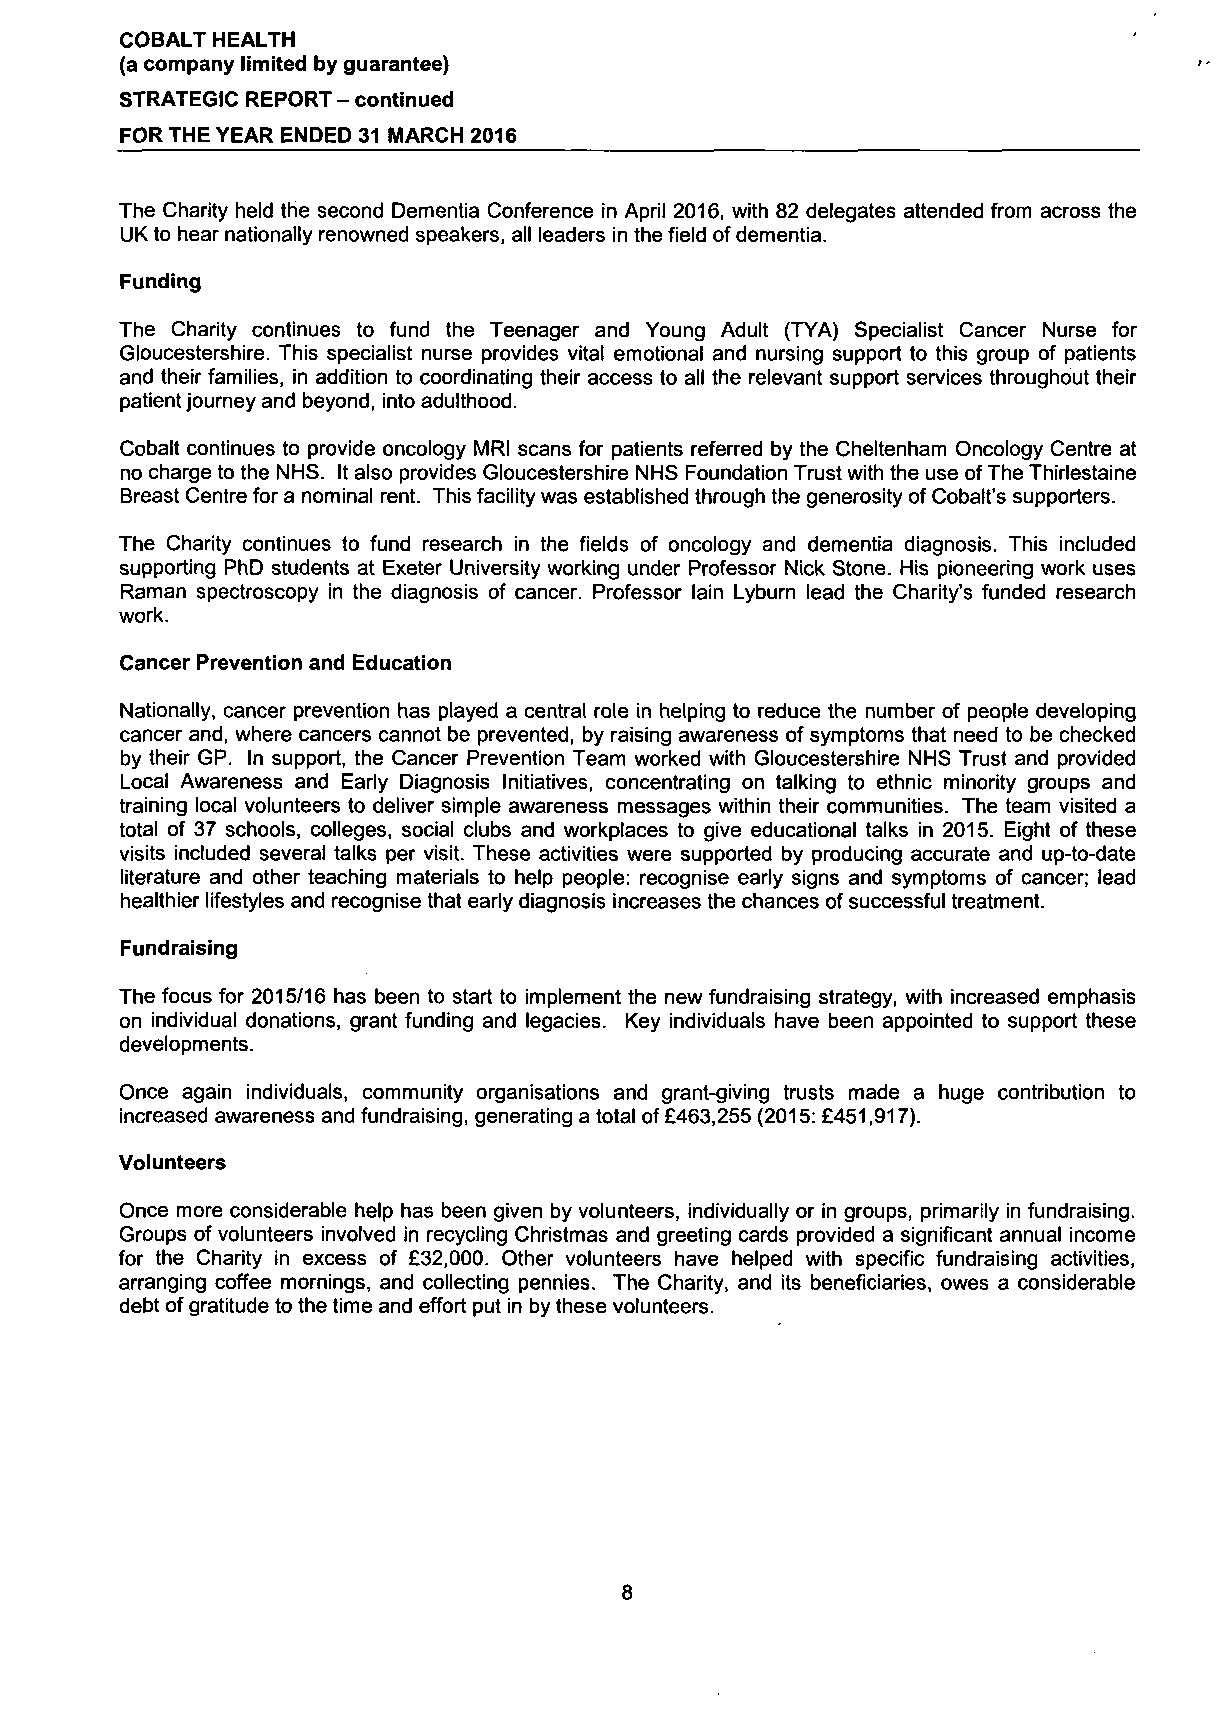
COBALT HEALTH
 (a company limited by guarantee)
 STRATEGIC REPORT - continued
 FOR THE YEAR ENDED 31 MARCH 2016
 The Charity held the second Dementia Conference in April 2016, with 82 delegates attended from across the
 UK to hear nationally renowned speakers, all leaders in the field of dementia.
 Funding
 The Charity continues to fund the Teenager and Young Adult (TYA) Specialist Cancer Nurse for
 Gloucestershire. This specialist nurse provides vital emotional and nursing support to this group of patients
 and their families, in addition to coordinating their access to all the relevant support services throughout their
 patient journey and beyond, into adulthood.
 Cobalt continues to provide oncology MRI scans for patients referred by the Cheltenham Oncology Centre at
 no charge to the NHS. It also provides Gloucestershire NHS Foundation Trust with the use of The Thirlestaine
 Breast Centre for a nominal rent. This facility was established through the generosity of Cobalt's supporters.
 The Charity continues to fund research in the fields of oncology and dementia diagnosis. This included
 supporting PhD students at Exeter University working under Professor Nick Stone. His pioneering work uses
 Raman spectroscopy in the diagnosis of cancer. Professor lain Lyburn lead the Charity's funded research
 work.
 Cancer Prevention and Education
 Nationally, cancer prevention has played a central role in helping to reduce the number of people developing
 cancer and, where cancers cannot be prevented, by raising awareness of symptoms that need to be checked
 by their GP. In support, the Cancer Prevention Team worked with Gloucestershire NHS Trust and provided
 Local Awareness and Early Diagnosis Initiatives, concentrating on talking to ethnic minority groups and
 training local volunteers to deliver simple awareness messages within their communities. The team visited a
 total of 37 schools, colleges, social clubs and workplaces to give educational talks in 2015. Eight of these
 visits included several talks per visit. These activities were supported by producing accurate and up-to-date
 literature and other teaching materials to help people: recognise early signs and symptoms of cancer; lead
 healthier lifestyles and recognise that early diagnosis increases the chances of successful treatment.
 Fundraising
 The focus for 2015/16 has been to start to implement the new fundraising strategy, with increased emphasis
 on individual donations, grant funding and legacies. Key individuals have been appointed to support these
 developments.
 Once again individuals, community organisations and grant-giving trusts made a huge contribution to
 increased awareness and fundraising, generating a total of £463,255 (2015: £451,917).
 Volunteers
 Once more considerable help has been given by volunteers, individually or in groups, primarily in fundraising.
 Groups of volunteers involved in recycling Christmas and greeting cards provided a significant annual income
 for the Charity in excess of £32,000. Other volunteers have helped with specific fundraising activities,
 arranging coffee mornings, and collecting pennies. The Charity, and its beneficiaries, owes a considerable
 debt of gratitude to the time and effort put in by these volunteers.
 8